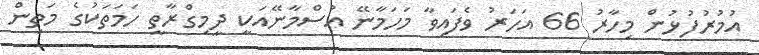
އުމުރުފުޅުން މިހާރު 66 އަހަރު ވެފައިވާ މަހަމާނޭ އުސްމާނޭއަކީ ދީމިގްރާތީ ހަމަތަކުގެ މަތިން